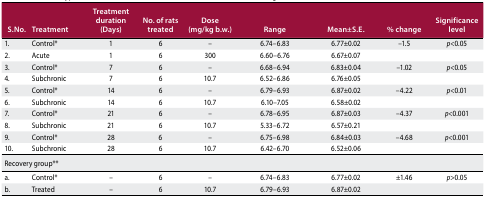
| S.No. | Treatment | Treatment duration (Days) | No. of rats treated | Dose (mg/kg b.w.) | Range | Mean±S.E. | % change | Significance level |
 | --- | --- | --- | --- | --- | --- | --- | --- | --- |
 | 1. | Control* | 1 | 6 | – | 6.74–6.83 | 6.77±0.02 | −1.5 | p<0.05 |
 | 2. | Acute | 1 | 6 | 300 | 6.60–6.76 | 6.67±0.07 |  |  |
 | 3. | Control* | 7 | 6 | – | 6.68–6.94 | 6.83±0.04 | −1.02 | p<0.05 |
 | 4. | Subchronic | 7 | 6 | 10.7 | 6.52–6.86 | 6.76±0.05 |  |  |
 | 5. | Control* | 14 | 6 | – | 6.79–6.93 | 6.87±0.02 | −4.22 | p<0.01 |
 | 6. | Subchronic | 14 | 6 | 10.7 | 6.10–7.05 | 6.58±0.02 |  |  |
 | 7. | Control* | 21 | 6 | – | 6.78–6.95 | 6.87±0.03 | −4.37 | p<0.001 |
 | 8. | Subchronic | 21 | 6 | 10.7 | 5.33–6.72 | 6.57±0.21 |  |  |
 | 9. | Control* | 28 | 6 | – | 6.75–6.98 | 6.84±0.03 | −4.68 | p<0.001 |
 | 10. | Subchronic | 28 | 6 | 10.7 | 6.42–6.70 | 6.52±0.06 |  |  |
 | Recovery group** |  |  |  |  |  |  |  |  |
 | a. | Control* | – | 6 | – | 6.74–6.83 | 6.77±0.02 | ±1.46 | p>0.05 |
 | b. | Treated | – | 6 | 10.7 | 6.79–6.93 | 6.87±0.02 |  |  |